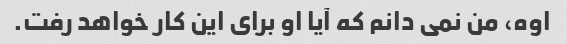
اوه، من نمی دانم که آیا او برای این کار خواهد رفت.